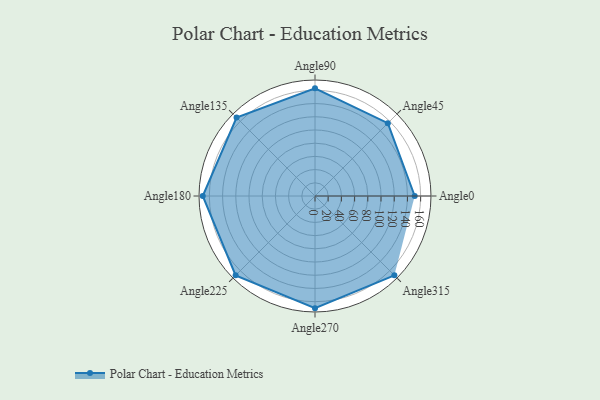
{"axis": {"x": "Angle", "y": "Radius"}, "legend": [""], "data": [{"x": "Angle0", "y": 151.0, "type": ""}, {"x": "Angle45", "y": 156.0, "type": ""}, {"x": "Angle90", "y": 163.0, "type": ""}, {"x": "Angle135", "y": 168.0, "type": ""}, {"x": "Angle180", "y": 170, "type": ""}, {"x": "Angle225", "y": 170, "type": ""}, {"x": "Angle270", "y": 170, "type": ""}, {"x": "Angle315", "y": 170, "type": ""}]}